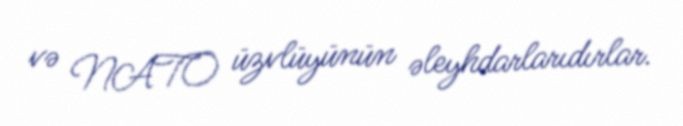
və NATO üzvlüyünün əleyhdarlarıdırlar.